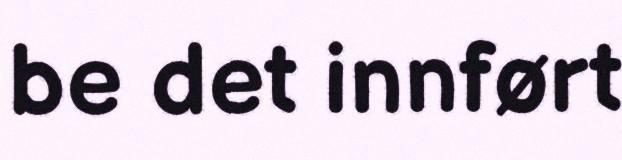
be det innført